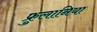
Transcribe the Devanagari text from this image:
फ्रुलानिया